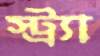
স্ট্র্যা